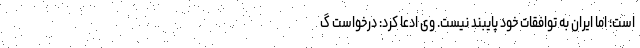
است؛ اما ایران به توافقات خود پایبند نیست. وی ادعا کرد: درخواست گ